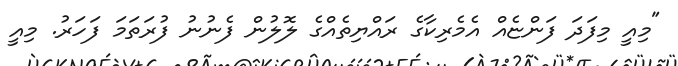
"މިއީ މިފަދަ ފަންޏެއް އެމެރިކާގެ ރައްޔިތެއްގެ ލޮލުން ފެނުނު ފުރަތަމަ ފަހަރު. މިއީ